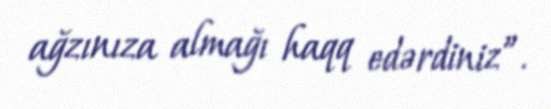
ağzınıza almağı haqq edərdiniz”.